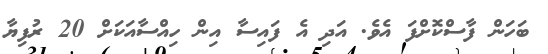
ބަހަން ފާސްކޮށްފަ އެވެ. އަދި އެ ފައިސާ އިން ހިއްސާއަކަށް 20 ރުފިޔާ